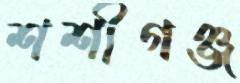
শশীগঞ্জ